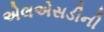
એલએસડીની